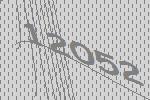
12052